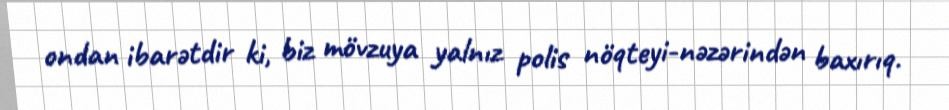
ondan ibarətdir ki, biz mövzuya yalnız polis nöqteyi-nəzərindən baxırıq.